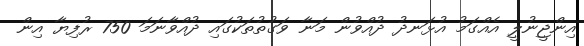
އިންޖީނުލީ އެއްގަމު އުޅަނދު ދުއްވުން މަނާ ވަގުތުތަކުގައި ދުއްވާނަމަ 750 ރުފިޔާ އިން